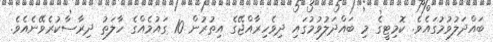
ބައްދަލުވުމުގައެވެ. ކޮމިޓީގެ މި ބައްދަލުވުމުގައި ދިވެހިރާއްޖޭގެ އިތުރުން 10 ގައުމެއްގެ ހާލަތު ދިރާސާކުރެވޭނެއެވެ.